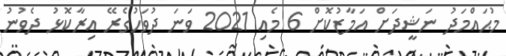
މުޙައްމަދު ނަޝީދަށް އަމާޒުކޮށް 6 މެއި 2021 ވަނަ ދުވަހުގެރޭ އިރާކޮޅު ދެވުނު